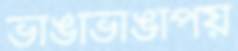
ভাঙাভাঙাপয়